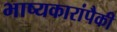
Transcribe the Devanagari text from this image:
भाष्यकारांपैकी